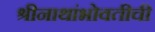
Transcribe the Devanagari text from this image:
श्रीनाथांभोवतीची